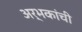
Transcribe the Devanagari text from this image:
अर्भकांची